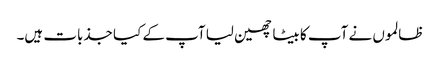
ظالموں نے آپ کا بیٹا چھین لیا آپ کے کیا جذبات ہیں۔